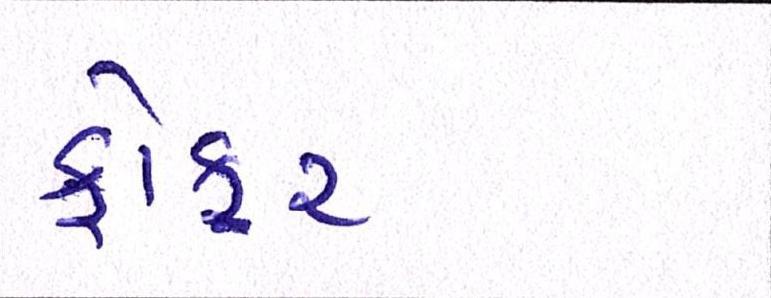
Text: ફોકર